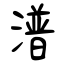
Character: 潽